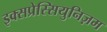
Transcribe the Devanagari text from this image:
इक्सप्रेस्सियुनिज़म